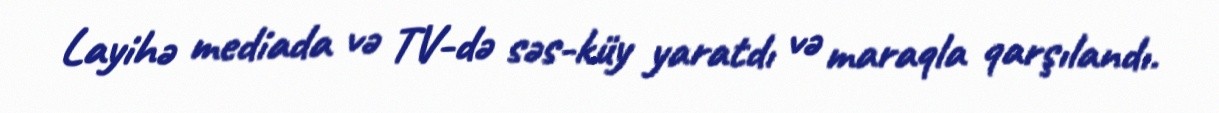
Layihə mediada və TV-də səs-küy yaratdı və maraqla qarşılandı.